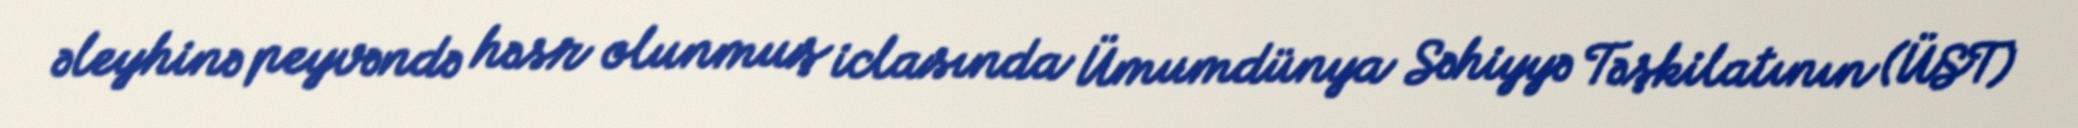
əleyhinə peyvəndə həsr olunmuş iclasında Ümumdünya Səhiyyə Təşkilatının (ÜST)